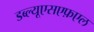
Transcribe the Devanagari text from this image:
डब्ल्यूएसएफ़एल